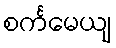
စင်္ကမေယျ